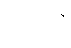
ရလာဒ်